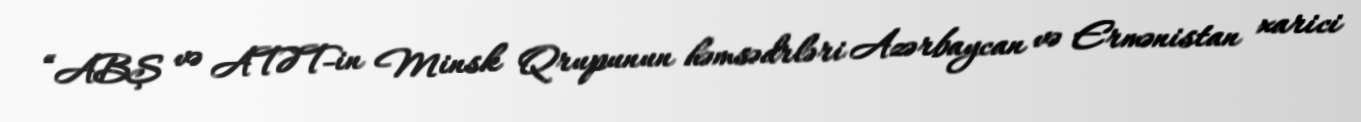
“ABŞ və ATƏT-in Minsk Qrupunun həmsədrləri Azərbaycan və Ermənistan xarici